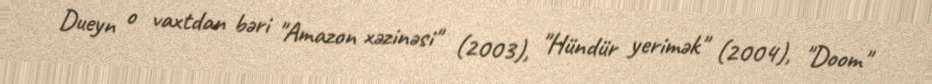
Dueyn o vaxtdan bəri "Amazon xəzinəsi" (2003), "Hündür yerimək" (2004), "Doom"